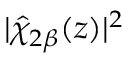
| \hat { \chi } _ { 2 \beta } ( z ) | ^ { 2 }